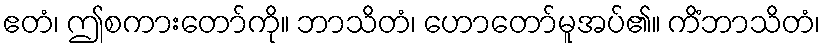
ဧတံ၊ ဤစကားတော်ကို။ ဘာသိတံ၊ ဟောတော်မူအပ်၏။ ကိံဘာသိတံ၊